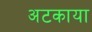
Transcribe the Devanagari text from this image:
अटकाया